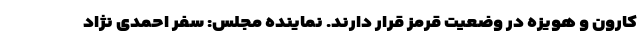
کارون و هویزه در وضعیت قرمز قرار دارند. نماینده مجلس: سفر احمدی نژاد